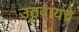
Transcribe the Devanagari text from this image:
उठवायचे